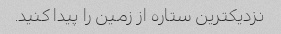
نزدیکترین ستاره از زمین را پیدا کنید.